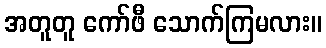
အတူတူ ကော်ဖီ သောက်ကြမလား။